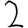
Digit: 2